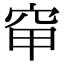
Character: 䆘